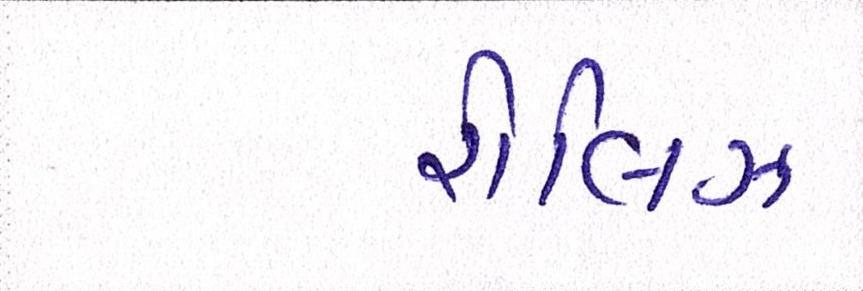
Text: રીલિઝ